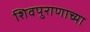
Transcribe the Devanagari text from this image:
शिवपुराणाच्या